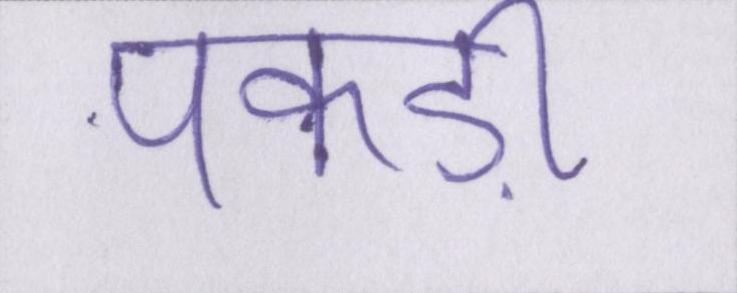
पकड़ी